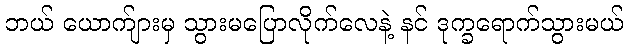
ဘယ် ယောက်ျားမှ သွားမပြောလိုက်လေနဲ့ နင် ဒုက္ခရောက်သွားမယ်